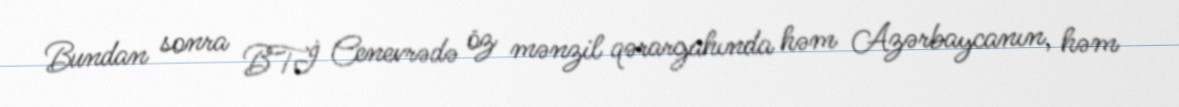
Bundan sonra BTİ Cenevrədə öz mənzil qərargahında həm Azərbaycanın, həm